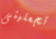
تجعلينى